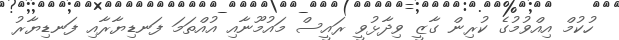
ހުކުމް އިއްވުމުގެ ކުރިން ގާޒީ ވިދާޅުވީ ރައީސް މައުމޫނާއި އުއްތަމަ ފަނޑިޔާރާއި ފަނޑިޔާރު